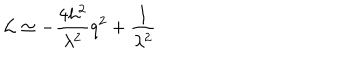
LaTeX: { \cal L } \simeq - \frac { 4 h ^ { 2 } } { \lambda ^ { 2 } } q ^ { 2 } + \frac { 1 } { \lambda ^ { 2 } }